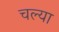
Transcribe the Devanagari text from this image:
चल्या